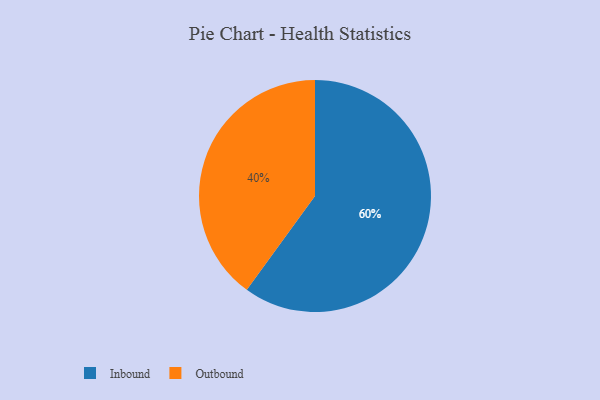
{"axis": {"x": "Category", "y": "Percentage"}, "legend": ["Inbound", "Outbound"], "data": [{"x": "Inbound", "y": 60, "type": "Inbound"}, {"x": "Outbound", "y": 40, "type": "Outbound"}]}